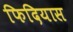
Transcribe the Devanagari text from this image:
फिदियास